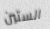
الستين